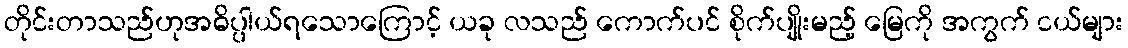
တိုင်းတာသည်ဟုအဓိပ္ပါယ်ရသောကြောင့် ယခု လသည် ကောက်ပင် စိုက်ပျိုးမည့် မြေကို အကွက် ငယ်များ